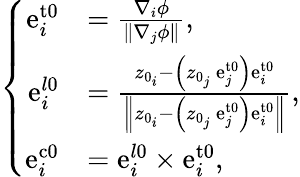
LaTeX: \left\{ \begin{array}{rl}{\mathrm{e}_{i}^{\mathrm{{t0}}}}&{=\frac{\nabla_{i}\phi}{\left\| \nabla_{j}\phi\right\| },}\\ {\mathrm{e}_{i}^{l\mathrm{0}}}&{=\frac{z_{0_{i}}-\left(z_{0_{j}}\ \mathrm{e}_{j}^{\mathrm{{t0}}}\right)\mathrm{e}_{i}^{\mathrm{t0}}}{\left\| z_{0_{i}}-\left(z_{0_{j}}\ \mathrm{e}_{j}^{\mathrm{{t0}}}\right)\mathrm{e}_{i}^{\mathrm{t0}}\right\| },}\\ {\mathrm{e}_{i}^{\mathrm{{c0}}}}&{=\mathrm{e}_{i}^{l\mathrm{0}}\times\mathrm{e}_{i}^{\mathrm{{t0}}},}\end{array}\right.